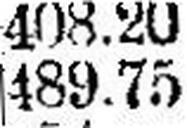
489.75